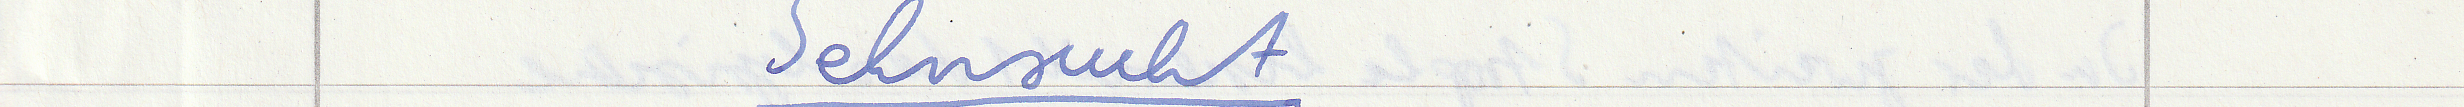
Sehnsucht